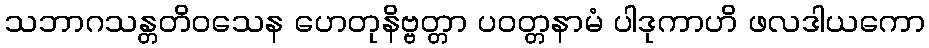
သဘာဂသန္တတိဝသေန ဟေတုနိဗ္ဗတ္တာ ပဝတ္တနာမံ ပါဒုကာဟိ ဖလဒါယကော